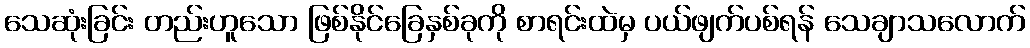
သေဆုံးခြင်း တည်းဟူသော ဖြစ်နိုင်ခြေနှစ်ခုကို စာရင်းထဲမှ ပယ်ဖျက်ပစ်ရန် သေချာသလောက်